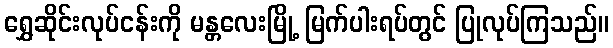
ရွှေဆိုင်းလုပ်ငန်းကို မန္တလေးမြို့ မြက်ပါးရပ်တွင် ပြုလုပ်ကြသည်။